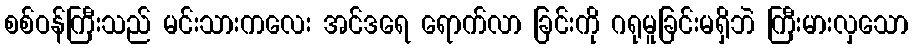
စစ်ဝန်ကြီးသည် မင်းသားကလေး အင်ဒရေ ရောက်လာ ခြင်းကို ဂရုမူခြင်းမရှိဘဲ ကြီးမားလှသော